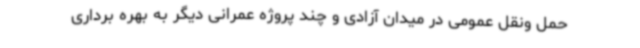
حمل ونقل عمومی در میدان آزادی و چند پروژه عمرانی دیگر به بهره برداری